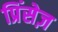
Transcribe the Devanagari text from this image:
प्रिंसेज़